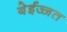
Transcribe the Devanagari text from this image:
बेईज्जत